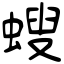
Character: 螋